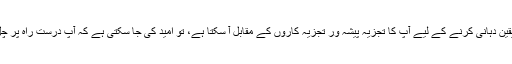
اور پھر یہ یقین دہانی کرنے کے لیے آپ کا تجزیہ پیشہ ور تجزیہ کاروں کے مقابل آ سکتا ہے، تو امید کی جا سکتی ہے کہ آپ درست راہ پر چل پڑیں گے۔